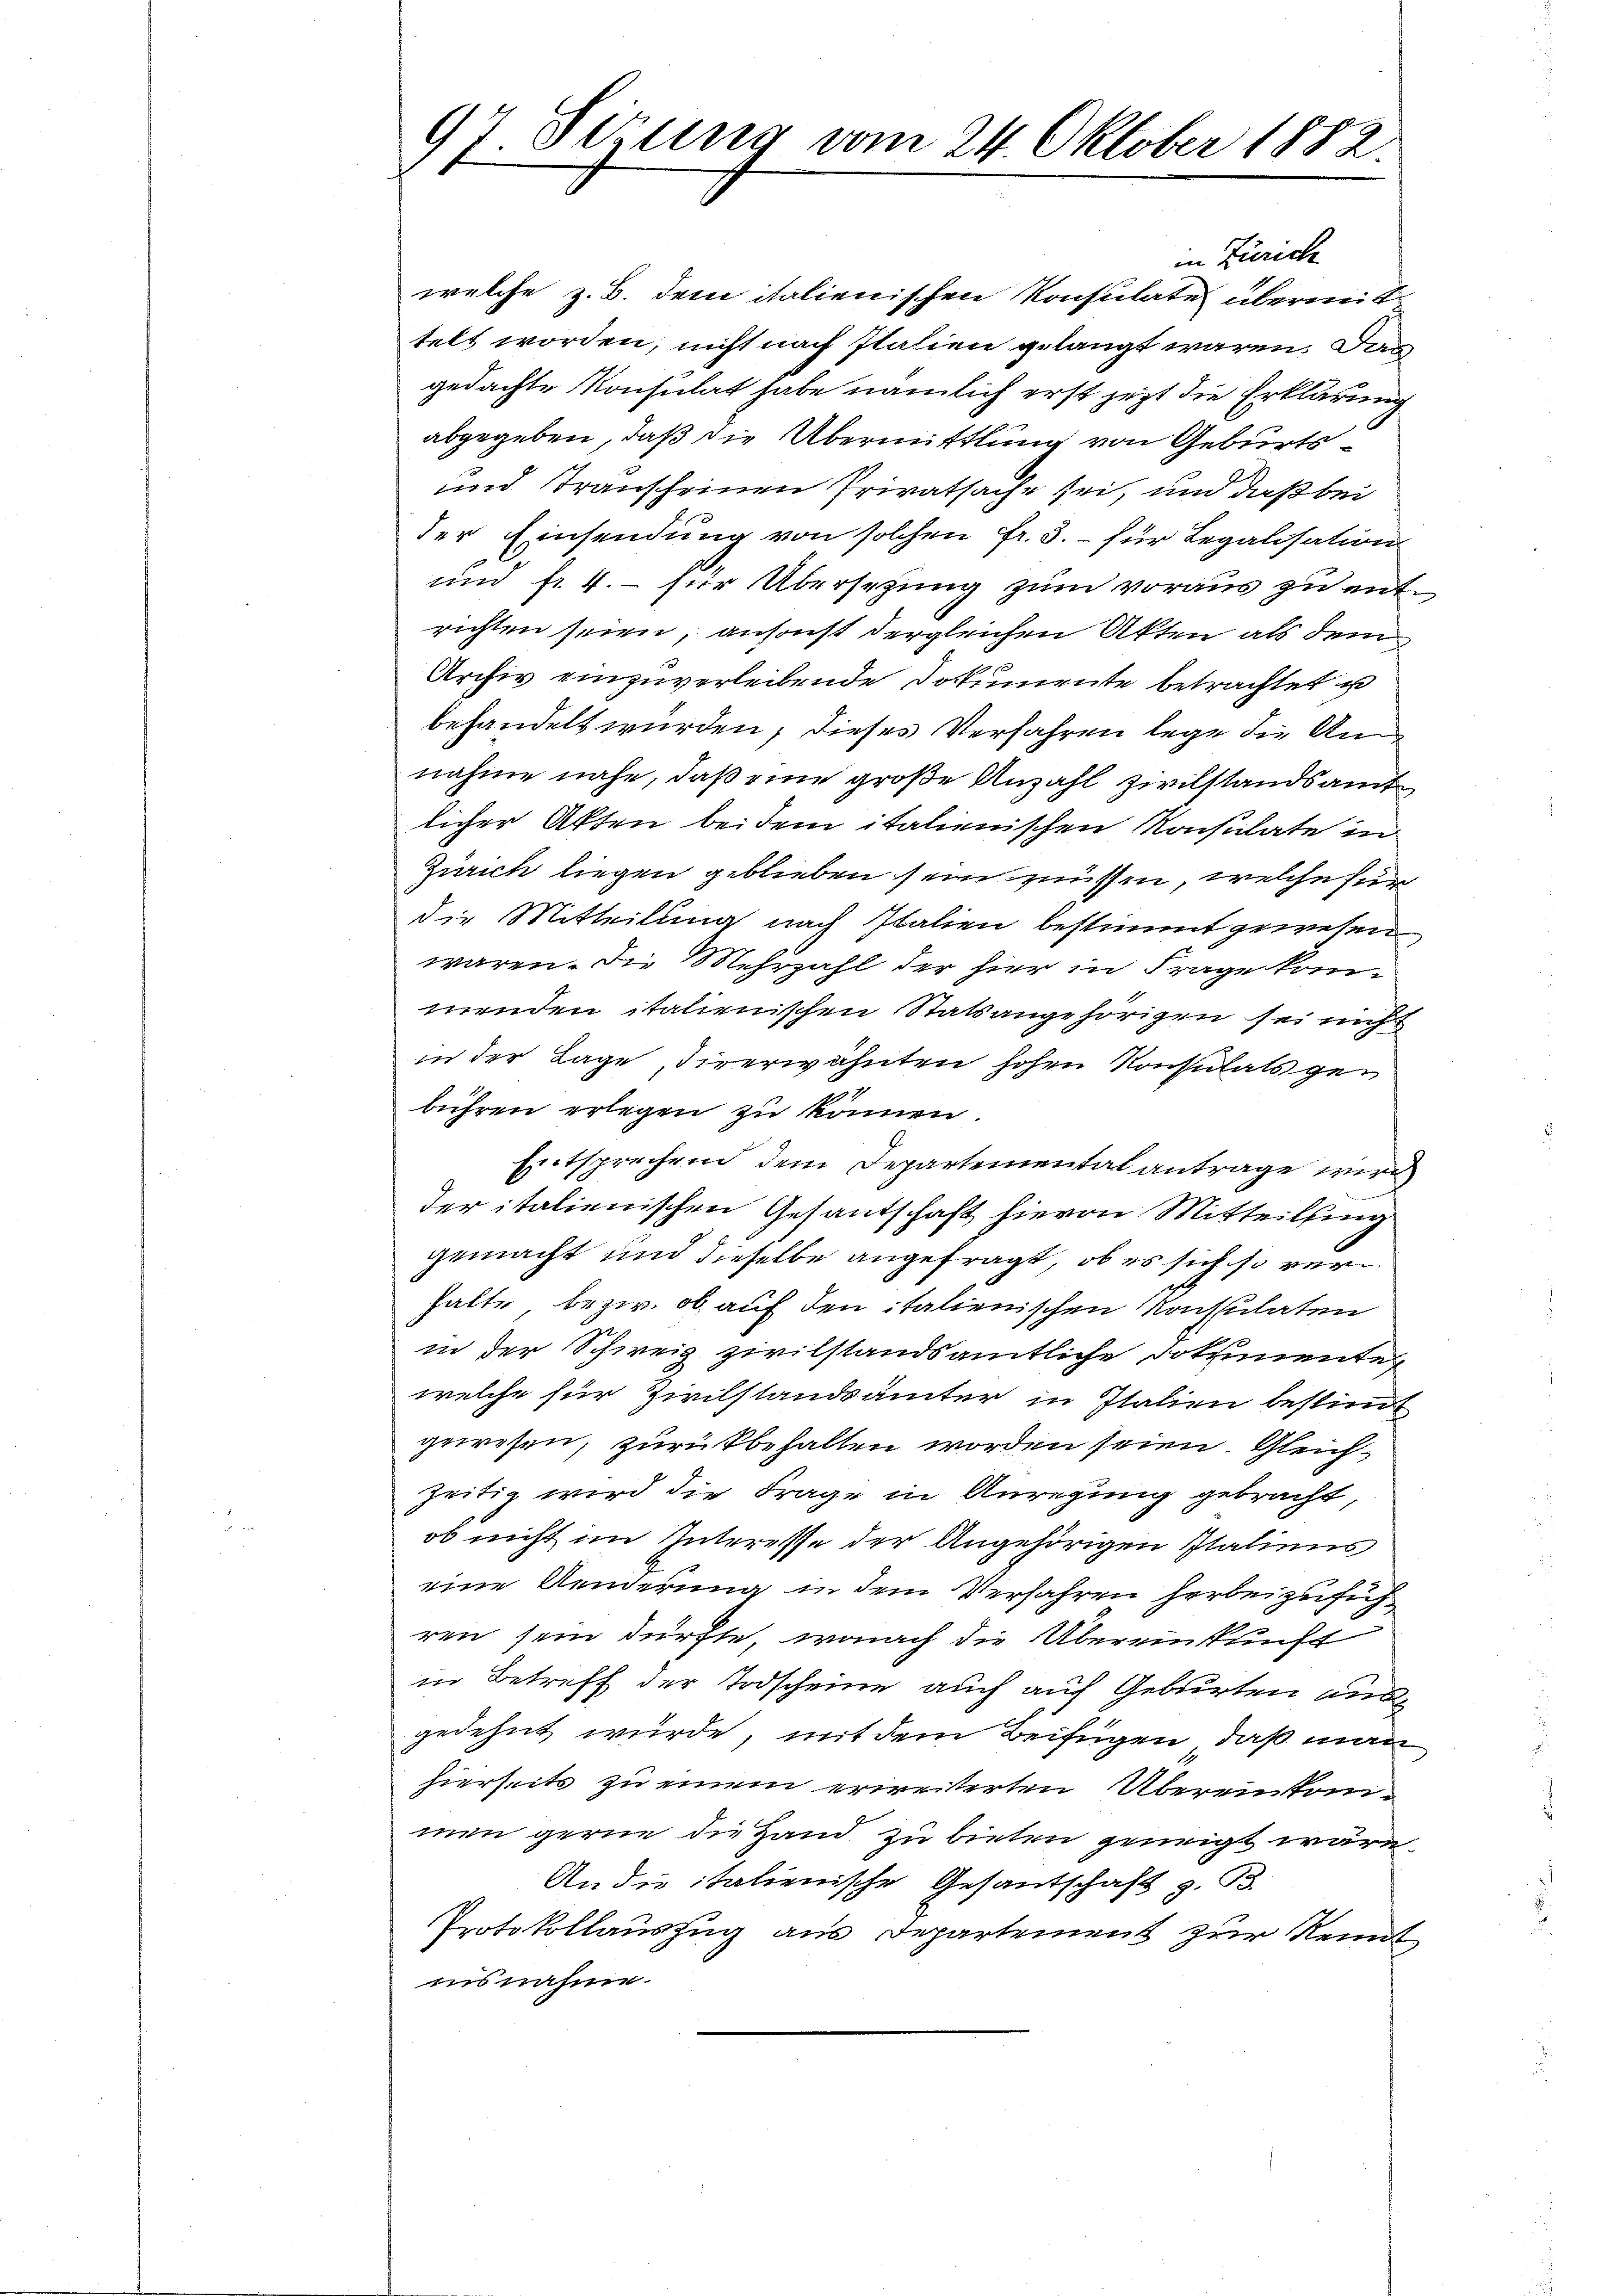
97. Serung vom 24. Oktober 1882.

in Zürich

welche z. B. dem italienischen Konsulate übermittelt worden, nicht nach Italien gelangt waren. Das
gedachte Konsulat habe nämlich erst jetzt die Erklärung
abgegeben, daß die Übermittlung von Geburts¬
und transcheinen Privatsache sei, und daß bei
der Einsendung von solchen Fr. 3. – für Legalisation
und fr. 4. für Übersetzung zum voraus zu entrichten seien, ansonst dergleichen Akten als dem
Archiv einzuverleibende Dokumente betrachtet us
behandelt wurden, dieses Verfahren lege die Annahme nahe, daß eine große Anzahl zivilstandsamt
licher Akten bei dem italienischen Konsulate in
Zürich liegen geblieben sein müssen, welche sin
die Mitteilung nach Italien bestimmt gewesen
waren. Die Mehrzahl der hier in Frage kommenden italienischen Statsangehörigen sei nich
in der Lage diverwähnten hohen Konsulats gebühren erlegen zu können
Entsprechend dem Departementalantrage wird
der italienischen Gesandschaft hievon Mitteilung
gemacht und dieselbe angefragt, ob es sich so verhalte bezw. ob auf den italienischen Konsulaten
in der Schweiz zivilstandsamtliche Dokumenten
welche für Zivilstandsämter in Italien bestimmt
gewesen, zurückbehalten worden seien. Gleichzeitig wird die Frage in Anregung gebracht,
ob nicht im Interesse der Angehörigen Italiens
eine Aenderung in dem Verfahren herbeizufüh
ren sein dürfte, wonach die Übereinkunft
in Betreff der Todscheine auch auf Geburten ausg
gedehnt würde, mit dem Beifügen, daß man
hierseits zu einem erweiterten Übereinkonimen gerne die Hand zu bieten geneigt wäre
An die italienische Gesandschaft z. B.
Protokollauszug aus Departement zur Kennt
iisnahme.